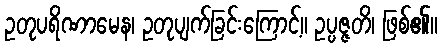
ဥတုပရိဏာမေန၊ ဥတုပျက်ခြင်းကြောင့်။ ဥပ္ပဇ္ဇတိ၊ ဖြစ်၏။